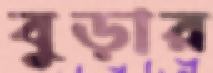
বুড়ার